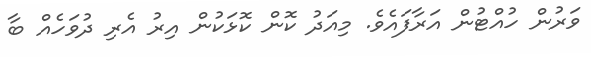
ވަރުން ހުއްޓުން އަރާފައެވެ. މިއަދު ކޮން ކޮޅަކުން އިރު އެރި ދުވަހެއް ބާ